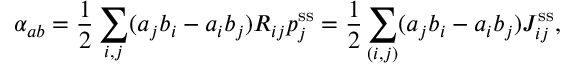
\alpha _ { a b } = \frac 1 2 \sum _ { i , j } ( a _ { j } b _ { i } - a _ { i } b _ { j } ) R _ { i j } p _ { j } ^ { \mathrm { s s } } = \frac 1 2 \sum _ { ( i , j ) } ( a _ { j } b _ { i } - a _ { i } b _ { j } ) J _ { i j } ^ { \mathrm { s s } } ,